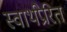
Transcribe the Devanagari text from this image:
स्वार्थप्रेरित